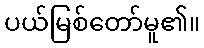
ပယ်မြစ်တော်မူ၏။